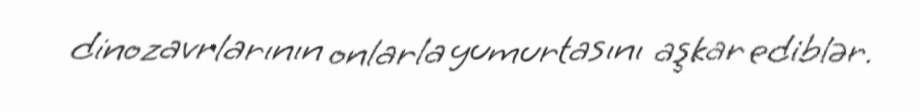
dinozavrlarının onlarla yumurtasını aşkar ediblər.